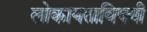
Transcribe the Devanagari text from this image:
लोकायताविषयी